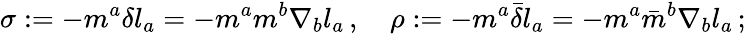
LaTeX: \sigma:=-m^{a}\delta l_{a}=-m^{a}m^{b}\nabla_{b}l_{a}\, ,\quad\rho:=-m^{a}{\bar{\delta}}l_{a}=-m^{a}{\bar{m}}^{b}\nabla_{b}l_{a}\, ;